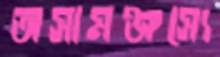
অসামঞ্জস্যে